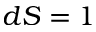
d S = 1